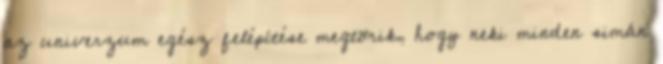
az univerzum egész felépítése megtörik, hogy neki minden simán